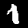
Label: 1